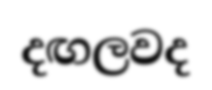
දඟලවද